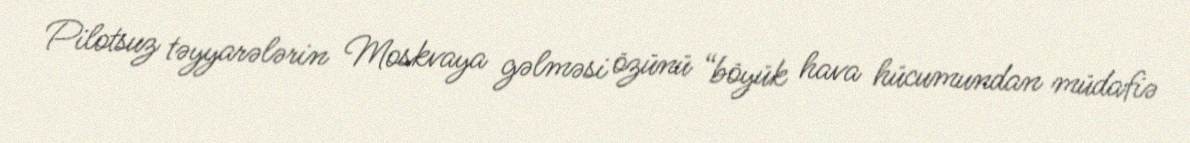
Pilotsuz təyyarələrin Moskvaya gəlməsi özünü “böyük hava hücumundan müdafiə